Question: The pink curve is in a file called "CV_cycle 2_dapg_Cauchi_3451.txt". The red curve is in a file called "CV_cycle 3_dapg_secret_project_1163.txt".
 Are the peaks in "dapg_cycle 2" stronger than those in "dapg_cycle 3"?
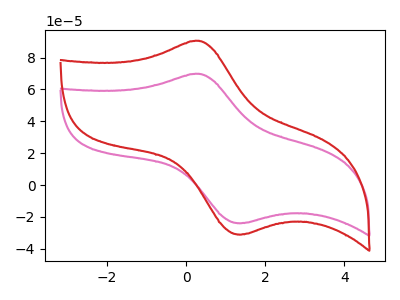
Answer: <think>The pink curve "dapg_cycle 2" has an anodic peak at (0.30V, 69.80uA) and a cathodic peak at (1.45V, -23.85uA). The red curve "dapg_cycle 3" has an anodic peak at (0.30V, 90.50uA) and a cathodic peak at (1.45V, -30.90uA).</think>
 <answer>Every peak in "dapg_cycle 2" is lower than every peak in "dapg_cycle 3".</answer>
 <eval>lower</eval>